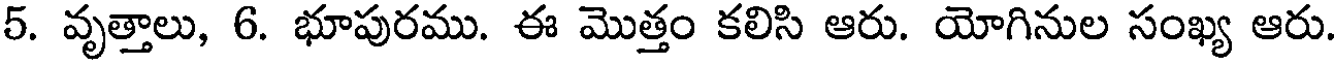
5. వృత్తాలు, 6. భూపురము. ఈ మొత్తం కలిసి ఆరు. యోగినుల సంఖ్య ఆరు.